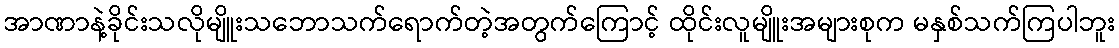
အာဏာနဲ့ခိုင်းသလိုမျိူးသဘောသက်ရောက်တဲ့အတွက်ကြောင့် ထိုင်းလူမျိူးအများစုက မနှစ်သက်ကြပါဘူး